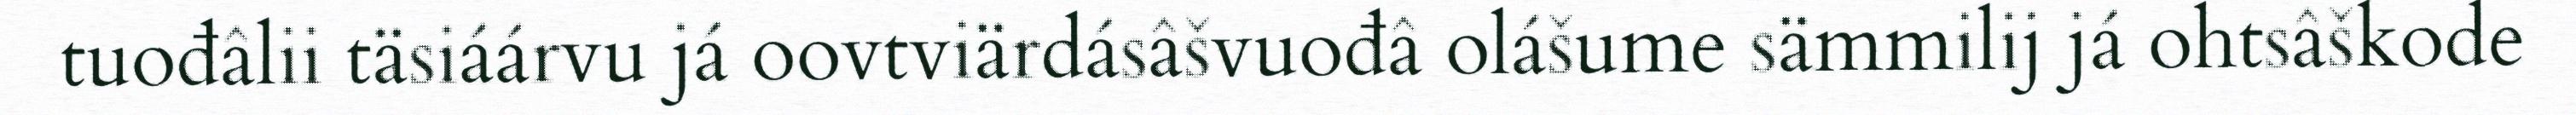
tuođâlii täsiáárvu já oovtviärdásâšvuođâ olášume sämmilij já ohtsâškode